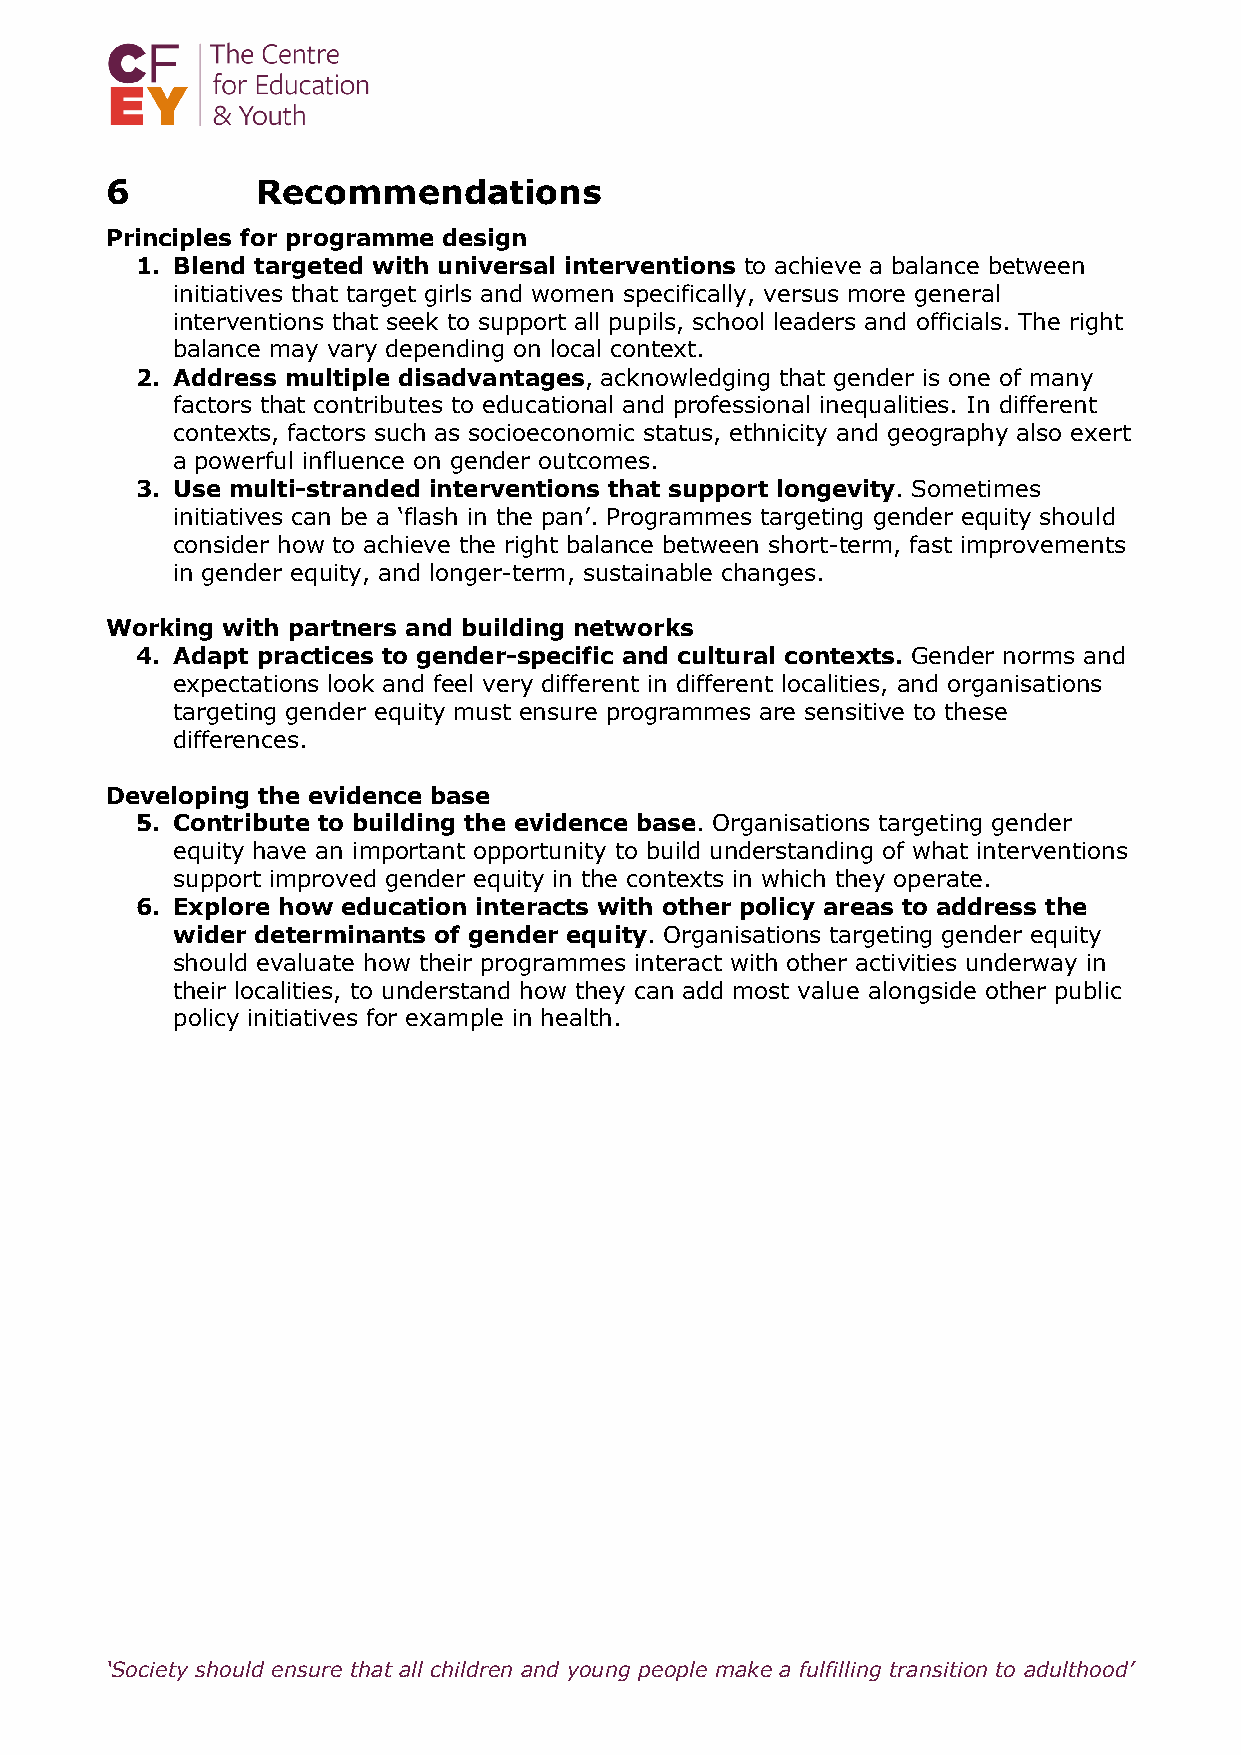
6         Recommendations
 Principles for programme design
 1. Blend targeted with universal interventions to achieve a balance between
 initiatives that target girls and women specifically, versus more general
 interventions that seek to support all pupils, school leaders and officials. The right
 balance may vary depending on local context.
 2. Address multiple disadvantages, acknowledging that gender is one of many
 factors that contributes to educational and professional inequalities. In different
 contexts, factors such as socioeconomic status, ethnicity and geography also exert
 a powerful influence on gender outcomes.
 3. Use multi-stranded interventions that support longevity. Sometimes
 initiatives can be a ‘flash in the pan’. Programmes targeting gender equity should
 consider how to achieve the right balance between short-term, fast improvements
 in gender equity, and longer-term, sustainable changes.
 Working with partners and building networks
 4. Adapt practices to gender-specific and cultural contexts. Gender norms and
 expectations look and feel very different in different localities, and organisations
 targeting gender equity must ensure programmes are sensitive to these
 differences.
 Developing the evidence base
 5. Contribute to building the evidence base. Organisations targeting gender
 equity have an important opportunity to build understanding of what interventions
 support improved gender equity in the contexts in which they operate.
 6. Explore how education interacts with other policy areas to address the
 wider determinants of gender equity. Organisations targeting gender equity
 should evaluate how their programmes interact with other activities underway in
 their localities, to understand how they can add most value alongside other public
 policy initiatives for example in health.
 ‘Society should ensure that all children and young people make a fulfilling transition to adulthood’